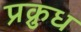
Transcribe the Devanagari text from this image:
प्रक्रुध